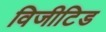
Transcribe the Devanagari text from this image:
विजीटिड